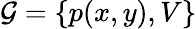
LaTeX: \mathcal{G}=\{ p(x,y),V\}